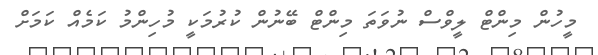
މީހުން މިންޓް ލީވްސް ނުވަތަ މިންޓް ބޭނުން ކުރުމަކީ މުހިންމު ކަމެއް ކަމަށް